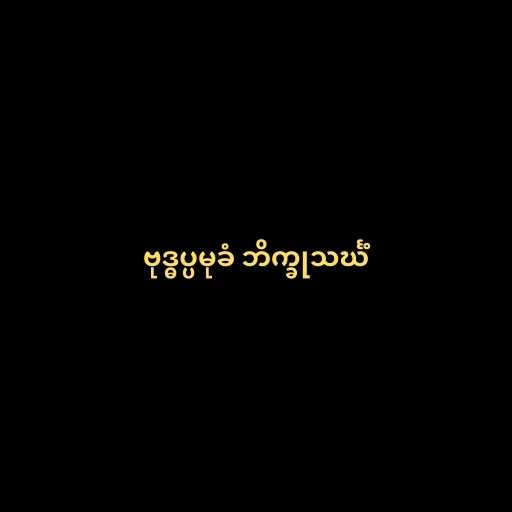
ဗုဒ္ဓပ္ပမုခံ ဘိက္ခုသင်္ဃံ